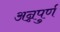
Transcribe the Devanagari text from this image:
अन्नपुर्ण